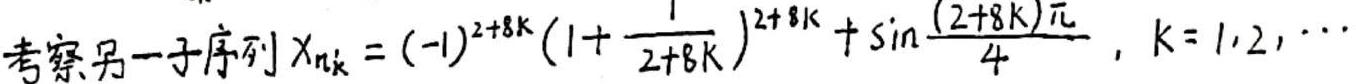
考察另一子序列$X_{n_k}=(-1)^{2 + 8k}(1 + \frac{1}{2 + 8k})^{2 + 8k} + \sin\frac{(2 + 8k)\pi}{4}, k = 1,2,\cdots$